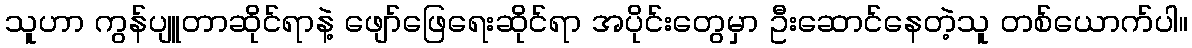
သူဟာ ကွန်ပျူတာဆိုင်ရာနဲ့ ဖျော်ဖြေရေးဆိုင်ရာ အပိုင်းတွေမှာ ဦးဆောင်နေတဲ့သူ တစ်ယောက်ပါ။